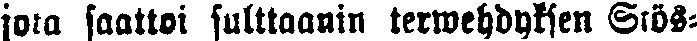
jota saattoi sulttaanin terwehdyksen Stös-